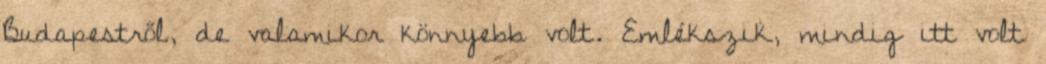
Budapestről, de valamikor könnyebb volt. Emlékszik, mindig itt volt